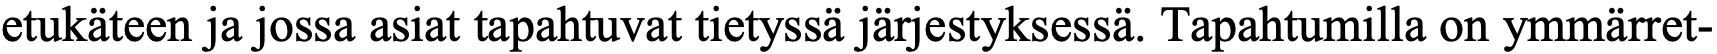
etukäteen ja jossa asiat tapahtuvat tietyssä järjestyksessä. Tapahtumilla on ymmärret-